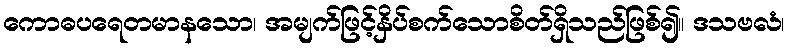
ကောဓပရေတမာနသော၊ အမျက်ဖြင့်နှိပ်စက်သောစိတ်ရှိသည်ဖြစ်၍။ ဒသဗလံ၊